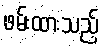
ဖမ်းထားသည့်